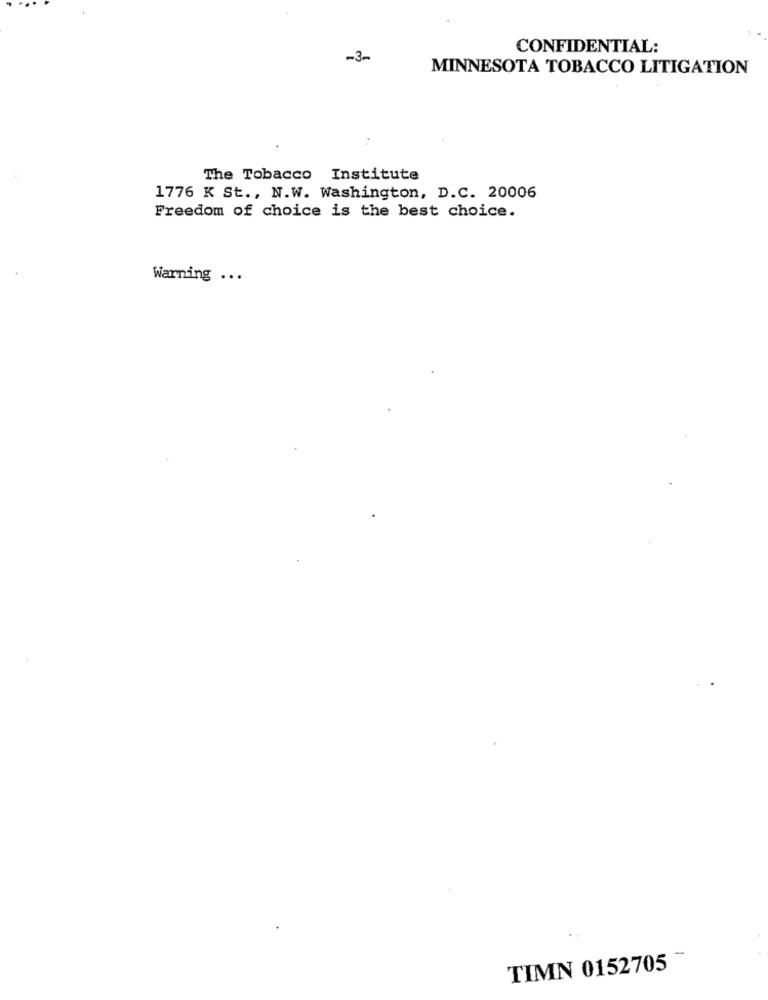
CONFIDENTIAL:
-3-
MINNESOTA TOBACCO LITIGATION
The Tobacco Institute
1776 K St ., N.W. Washington, D.C. 20006
Freedom of choice is the best choice.
Warning ...
-
TIMN 0152705